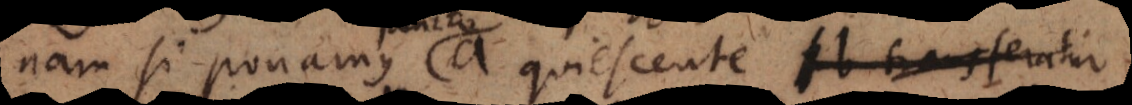
Nam si ponamus a quiescente b transferatur